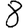
Digit: 8